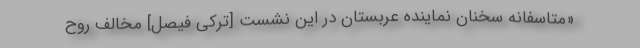
«متاسفانه سخنان نماینده عربستان در این نشست [ترکی فیصل] مخالف روح